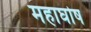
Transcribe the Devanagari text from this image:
महाघोष